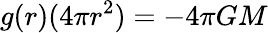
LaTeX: g(r)(4\pi r^{2})=-4\pi GM